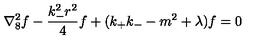
\nabla _ { 8 } ^ { 2 } f - \frac { k _ { - } ^ { 2 } r ^ { 2 } } { 4 } f + ( k _ { + } k _ { - } - m ^ { 2 } + \lambda ) f = 0